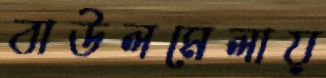
বাউলমেলায়